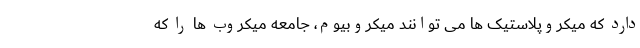
دارد که میکروپلاستیک ها می توانند میکروبیوم، جامعه میکروب ها را که